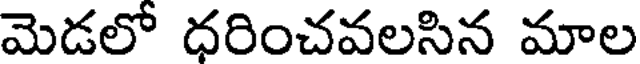
మెడలో ధరించవలసిన మాల